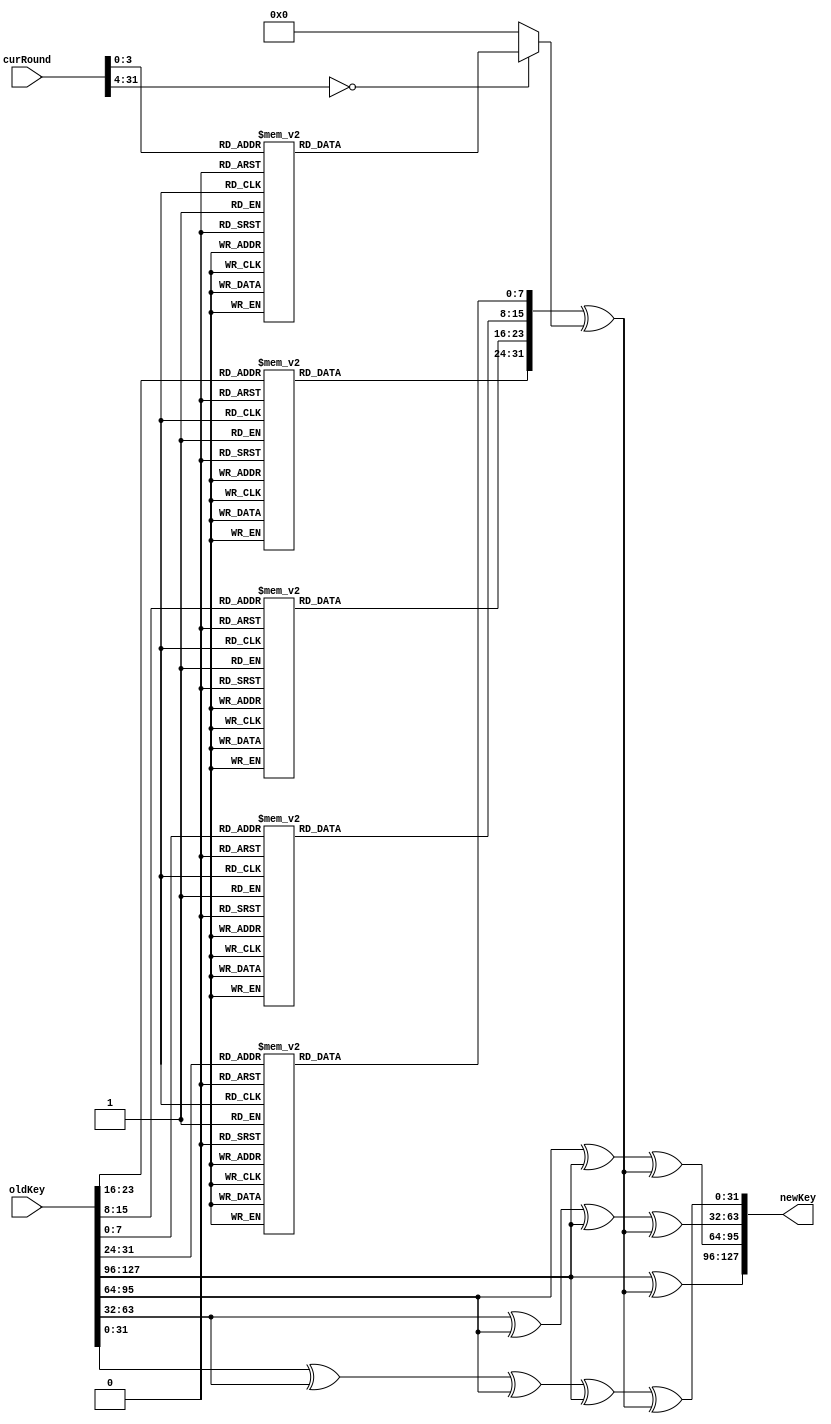
module keyExpansion (oldKey, curRound, newKey);
input [0:127] oldKey;  
input [0:31] curRound;
output reg [0:127] newKey;

reg [0:31] temp;

always @(*) begin
    temp = subWord(rotWord(oldKey[96:127])) ^ rcon(curRound);
    newKey[0:31] = oldKey[0:31] ^ temp;
    newKey[32:63] = oldKey[32:63] ^ oldKey[0:31] ^ temp;
    newKey[64:95] = oldKey[64:95] ^ oldKey[32:63] ^ oldKey[0:31] ^ temp;
    newKey[96:127] = oldKey[96:127] ^ oldKey[64:95] ^ oldKey[32:63] ^ oldKey[0:31] ^ temp;
end


function [0:31] rotWord;
    input [0:31] word;
    begin
        rotWord = {word[8:31], word[0:7]};
    end
endfunction

function [0:31] subWord;
    input [0:31] word;
    begin
        subWord[0:7] = mapping(word[0:7]);
        subWord[8:15] = mapping(word[8:15]);
        subWord[16:23] = mapping(word[16:23]);
        subWord[24:31] = mapping(word[24:31]);
    end
endfunction

function [7:0] mapping(input [7:0] word);  
begin
    case (word)
        8'h00: mapping = 8'h63;
        8'h01: mapping = 8'h7c;
        8'h02: mapping = 8'h77;
        8'h03: mapping = 8'h7b;
        8'h04: mapping = 8'hf2;
        8'h05: mapping = 8'h6b;
        8'h06: mapping = 8'h6f;
        8'h07: mapping = 8'hc5;
        8'h08: mapping = 8'h30;
        8'h09: mapping = 8'h01;
        8'h0a: mapping = 8'h67;
        8'h0b: mapping = 8'h2b;
        8'h0c: mapping = 8'hfe;
        8'h0d: mapping = 8'hd7;
        8'h0e: mapping = 8'hab;
        8'h0f: mapping = 8'h76;
        8'h10: mapping = 8'hca;
        8'h11: mapping = 8'h82;
        8'h12: mapping = 8'hc9;
        8'h13: mapping = 8'h7d;
        8'h14: mapping = 8'hfa;
        8'h15: mapping = 8'h59;
        8'h16: mapping = 8'h47;
        8'h17: mapping = 8'hf0;
        8'h18: mapping = 8'had;
        8'h19: mapping = 8'hd4;
        8'h1a: mapping = 8'ha2;
        8'h1b: mapping = 8'haf;
        8'h1c: mapping = 8'h9c;
        8'h1d: mapping = 8'ha4;
        8'h1e: mapping = 8'h72;
        8'h1f: mapping = 8'hc0;
        8'h20: mapping = 8'hb7;
        8'h21: mapping = 8'hfd;
        8'h22: mapping = 8'h93;
        8'h23: mapping = 8'h26;
        8'h24: mapping = 8'h36;
        8'h25: mapping = 8'h3f;
        8'h26: mapping = 8'hf7;
        8'h27: mapping = 8'hcc;
        8'h28: mapping = 8'h34;
        8'h29: mapping = 8'ha5;
        8'h2a: mapping = 8'he5;
        8'h2b: mapping = 8'hf1;
        8'h2c: mapping = 8'h71;
        8'h2d: mapping = 8'hd8;
        8'h2e: mapping = 8'h31;
        8'h2f: mapping = 8'h15;
        8'h30: mapping = 8'h04;
        8'h31: mapping = 8'hc7;
        8'h32: mapping = 8'h23;
        8'h33: mapping = 8'hc3;
        8'h34: mapping = 8'h18;
        8'h35: mapping = 8'h96;
        8'h36: mapping = 8'h05;
        8'h37: mapping = 8'h9a;
        8'h38: mapping = 8'h07;
        8'h39: mapping = 8'h12;
        8'h3a: mapping = 8'h80;
        8'h3b: mapping = 8'he2;
        8'h3c: mapping = 8'heb;
        8'h3d: mapping = 8'h27;
        8'h3e: mapping = 8'hb2;
        8'h3f: mapping = 8'h75;
        8'h40: mapping = 8'h09;
        8'h41: mapping = 8'h83;
        8'h42: mapping = 8'h2c;
        8'h43: mapping = 8'h1a;
        8'h44: mapping = 8'h1b;
        8'h45: mapping = 8'h6e;
        8'h46: mapping = 8'h5a;
        8'h47: mapping = 8'ha0;
        8'h48: mapping = 8'h52;
        8'h49: mapping = 8'h3b;
        8'h4a: mapping = 8'hd6;
        8'h4b: mapping = 8'hb3;
        8'h4c: mapping = 8'h29;
        8'h4d: mapping = 8'he3;
        8'h4e: mapping = 8'h2f;
        8'h4f: mapping = 8'h84;
        8'h50: mapping = 8'h53;
        8'h51: mapping = 8'hd1;
        8'h52: mapping = 8'h00;
        8'h53: mapping = 8'hed;
        8'h54: mapping = 8'h20;
        8'h55: mapping = 8'hfc;
        8'h56: mapping = 8'hb1;
        8'h57: mapping = 8'h5b;
        8'h58: mapping = 8'h6a;
        8'h59: mapping = 8'hcb;
        8'h5a: mapping = 8'hbe;
        8'h5b: mapping = 8'h39;
        8'h5c: mapping = 8'h4a;
        8'h5d: mapping = 8'h4c;
        8'h5e: mapping = 8'h58;
        8'h5f: mapping = 8'hcf;
        8'h60: mapping = 8'hd0;
        8'h61: mapping = 8'hef;
        8'h62: mapping = 8'haa;
        8'h63: mapping = 8'hfb;
        8'h64: mapping = 8'h43;
        8'h65: mapping = 8'h4d;
        8'h66: mapping = 8'h33;
        8'h67: mapping = 8'h85;
        8'h68: mapping = 8'h45;
        8'h69: mapping = 8'hf9;
        8'h6a: mapping = 8'h02;
        8'h6b: mapping = 8'h7f;
        8'h6c: mapping = 8'h50;
        8'h6d: mapping = 8'h3c;
        8'h6e: mapping = 8'h9f;
        8'h6f: mapping = 8'ha8;
        8'h70: mapping = 8'h51;
        8'h71: mapping = 8'ha3;
        8'h72: mapping = 8'h40;
        8'h73: mapping = 8'h8f;
        8'h74: mapping = 8'h92;
        8'h75: mapping = 8'h9d;
        8'h76: mapping = 8'h38;
        8'h77: mapping = 8'hf5;
        8'h78: mapping = 8'hbc;
        8'h79: mapping = 8'hb6;
        8'h7a: mapping = 8'hda;
        8'h7b: mapping = 8'h21;
        8'h7c: mapping = 8'h10;
        8'h7d: mapping = 8'hff;
        8'h7e: mapping = 8'hf3;
        8'h7f: mapping = 8'hd2;
        8'h80: mapping = 8'hcd;
        8'h81: mapping = 8'h0c;
        8'h82: mapping = 8'h13;
        8'h83: mapping = 8'hec;
        8'h84: mapping = 8'h5f;
        8'h85: mapping = 8'h97;
        8'h86: mapping = 8'h44;
        8'h87: mapping = 8'h17;
        8'h88: mapping = 8'hc4;
        8'h89: mapping = 8'ha7;
        8'h8a: mapping = 8'h7e;
        8'h8b: mapping = 8'h3d;
        8'h8c: mapping = 8'h64;
        8'h8d: mapping = 8'h5d;
        8'h8e: mapping = 8'h19;
        8'h8f: mapping = 8'h73;
        8'h90: mapping = 8'h60;
        8'h91: mapping = 8'h81;
        8'h92: mapping = 8'h4f;
        8'h93: mapping = 8'hdc;
        8'h94: mapping = 8'h22;
        8'h95: mapping = 8'h2a;
        8'h96: mapping = 8'h90;
        8'h97: mapping = 8'h88;
        8'h98: mapping = 8'h46;
        8'h99: mapping = 8'hee;
        8'h9a: mapping = 8'hb8;
        8'h9b: mapping = 8'h14;
        8'h9c: mapping = 8'hde;
        8'h9d: mapping = 8'h5e;
        8'h9e: mapping = 8'h0b;
        8'h9f: mapping = 8'hdb;
        8'ha0: mapping = 8'he0;
        8'ha1: mapping = 8'h32;
        8'ha2: mapping = 8'h3a;
        8'ha3: mapping = 8'h0a;
        8'ha4: mapping = 8'h49;
        8'ha5: mapping = 8'h06;
        8'ha6: mapping = 8'h24;
        8'ha7: mapping = 8'h5c;
        8'ha8: mapping = 8'hc2;
        8'ha9: mapping = 8'hd3;
        8'haa: mapping = 8'hac;
        8'hab: mapping = 8'h62;
        8'hac: mapping = 8'h91;
        8'had: mapping = 8'h95;
        8'hae: mapping = 8'he4;
        8'haf: mapping = 8'h79;
        8'hb0: mapping = 8'he7;
        8'hb1: mapping = 8'hc8;
        8'hb2: mapping = 8'h37;
        8'hb3: mapping = 8'h6d;
        8'hb4: mapping = 8'h8d;
        8'hb5: mapping = 8'hd5;
        8'hb6: mapping = 8'h4e;
        8'hb7: mapping = 8'ha9;
        8'hb8: mapping = 8'h6c;
        8'hb9: mapping = 8'h56;
        8'hba: mapping = 8'hf4;
        8'hbb: mapping = 8'hea;
        8'hbc: mapping = 8'h65;
        8'hbd: mapping = 8'h7a;
        8'hbe: mapping = 8'hae;
        8'hbf: mapping = 8'h08;
        8'hc0: mapping = 8'hba;
        8'hc1: mapping = 8'h78;
        8'hc2: mapping = 8'h25;
        8'hc3: mapping = 8'h2e;
        8'hc4: mapping = 8'h1c;
        8'hc5: mapping = 8'ha6;
        8'hc6: mapping = 8'hb4;
        8'hc7: mapping = 8'hc6;
        8'hc8: mapping = 8'he8;
        8'hc9: mapping = 8'hdd;
        8'hca: mapping = 8'h74;
        8'hcb: mapping = 8'h1f;
        8'hcc: mapping = 8'h4b;
        8'hcd: mapping = 8'hbd;
        8'hce: mapping = 8'h8b;
        8'hcf: mapping = 8'h8a;
        8'hd0: mapping = 8'h70;
        8'hd1: mapping = 8'h3e;
        8'hd2: mapping = 8'hb5;
        8'hd3: mapping = 8'h66;
        8'hd4: mapping = 8'h48;
        8'hd5: mapping = 8'h03;
        8'hd6: mapping = 8'hf6;
        8'hd7: mapping = 8'h0e;
        8'hd8: mapping = 8'h61;
        8'hd9: mapping = 8'h35;
        8'hda: mapping = 8'h57;
        8'hdb: mapping = 8'hb9;
        8'hdc: mapping = 8'h86;
        8'hdd: mapping = 8'hc1;
        8'hde: mapping = 8'h1d;
        8'hdf: mapping = 8'h9e;
        8'he0: mapping = 8'he1;
        8'he1: mapping = 8'hf8;
        8'he2: mapping = 8'h98;
        8'he3: mapping = 8'h11;
        8'he4: mapping = 8'h69;
        8'he5: mapping = 8'hd9;
        8'he6: mapping = 8'h8e;
        8'he7: mapping = 8'h94;
        8'he8: mapping = 8'h9b;
        8'he9: mapping = 8'h1e;
        8'hea: mapping = 8'h87;
        8'heb: mapping = 8'he9;
        8'hec: mapping = 8'hce;
        8'hed: mapping = 8'h55;
        8'hee: mapping = 8'h28;
        8'hef: mapping = 8'hdf;
        8'hf0: mapping = 8'h8c;
        8'hf1: mapping = 8'ha1;
        8'hf2: mapping = 8'h89;
        8'hf3: mapping = 8'h0d;
        8'hf4: mapping = 8'hbf;
        8'hf5: mapping = 8'he6;
        8'hf6: mapping = 8'h42;
        8'hf7: mapping = 8'h68;
        8'hf8: mapping = 8'h41;
        8'hf9: mapping = 8'h99;
        8'hfa: mapping = 8'h2d;
        8'hfb: mapping = 8'h0f;
        8'hfc: mapping = 8'hb0;
        8'hfd: mapping = 8'h54;
        8'hfe: mapping = 8'hbb;
        8'hff: mapping = 8'h16;
	endcase
end
endfunction


function[0:31] rcon;
    input [0:31] r; 
    begin
        case(r)
            4'h1: rcon = 32'h01000000;
            4'h2: rcon = 32'h02000000;
            4'h3: rcon = 32'h04000000;
            4'h4: rcon = 32'h08000000;
            4'h5: rcon = 32'h10000000;
            4'h6: rcon = 32'h20000000;
            4'h7: rcon = 32'h40000000;
            4'h8: rcon = 32'h80000000;
            4'h9: rcon = 32'h1b000000;
            4'ha: rcon = 32'h36000000;
            default: rcon = 32'h00000000;
        endcase
    end
endfunction

endmodule